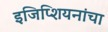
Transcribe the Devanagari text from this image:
इजिप्शियनांचा